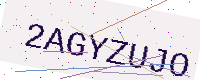
Text: 2AGYZUJO